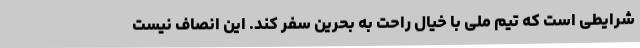
شرایطی است که تیم ملی با خیال راحت به بحرین سفر کند. این انصاف نیست